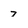
Character: 7